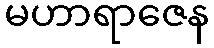
မဟာရာဇေန